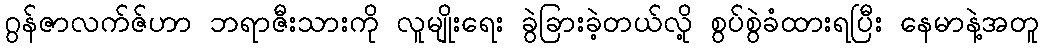
ဂွန်ဇာလက်ဇ်ဟာ ဘရာဇီးသားကို လူမျိုးရေး ခွဲခြားခဲ့တယ်လို့ စွပ်စွဲခံထားရပြီး နေမာနဲ့အတူ